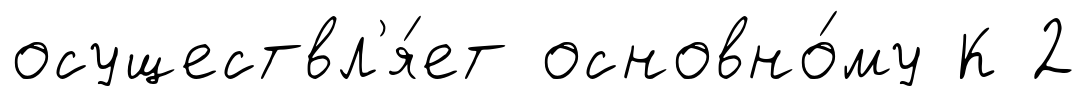
осуществл'я́ет основно́му К 2